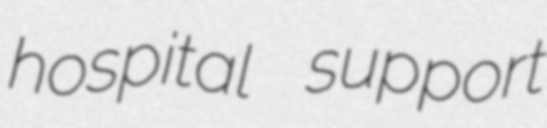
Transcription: hospital support